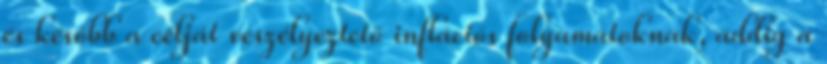
és később a célját veszélyeztető inflációs folyamatoknak, addig a